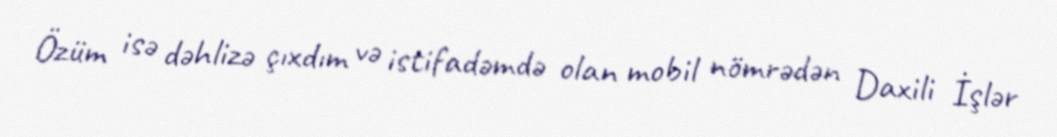
Özüm isə dəhlizə çıxdım və istifadəmdə olan mobil nömrədən Daxili İşlər